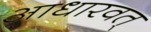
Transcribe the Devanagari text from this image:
आधारवत्